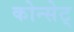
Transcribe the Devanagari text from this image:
कोन्सेट्